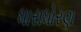
ધારાધોરણ